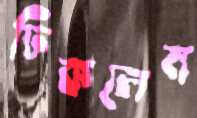
ঢিকলেম